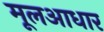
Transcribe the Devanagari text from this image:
मूलआधार